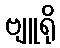
ဗျူရို